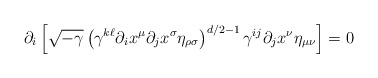
\begin{align*}\partial_i \left[ \sqrt{-\gamma} \left( \gamma^{k\ell} \partial_i x^{\mu}\partial_j x^{\sigma} \eta_{\rho \sigma} \right) ^{d/2 -1} \gamma^{ij}\partial_j x^{\nu} \eta_{\mu \nu} \right] = 0\end{align*}